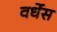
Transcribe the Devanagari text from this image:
वर्धेस